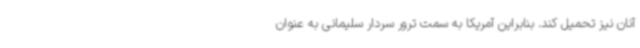
آنان نیز تحمیل کند. بنابراین آمریکا به سمت ترور سردار سلیمانی به عنوان